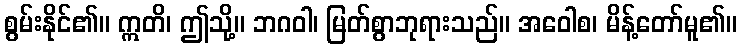
စွမ်းနိုင်၏။ ဣတိ၊ ဤသို့။ ဘဂဝါ၊ မြတ်စွာဘုရားသည်။ အဝေါစ၊ မိန့်တော်မူ၏။